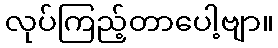
လုပ်ကြည့်တာပေါ့ဗျာ။